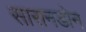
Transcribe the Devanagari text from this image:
सारानडोन